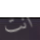
أنت